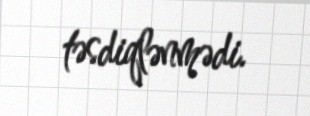
təsdiqlənmədi.